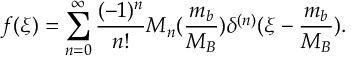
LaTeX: f ( \xi ) = \sum _ { n = 0 } ^ { \infty } \frac { ( - 1 ) ^ { n } } { n ! } M _ { n } ( \frac { m _ { b } } { M _ { B } } ) \delta ^ { ( n ) } ( \xi - \frac { m _ { b } } { M _ { B } } ) .